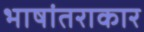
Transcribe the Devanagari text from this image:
भाषांतराकार